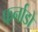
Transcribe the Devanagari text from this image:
फर्नाडो